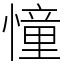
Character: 憧